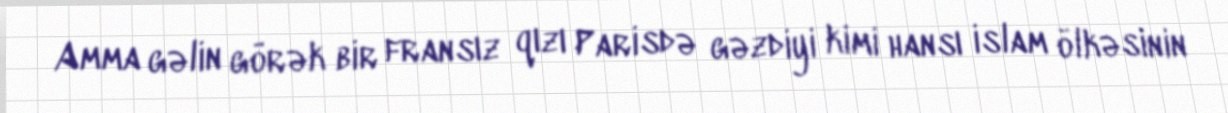
Amma gəlin görək bir fransız qızı Parisdə gəzdiyi kimi hansı islam ölkəsinin